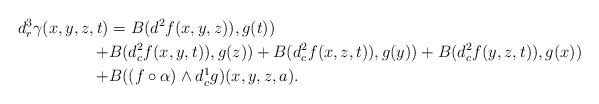
\begin{align*}d^{3}_{r}\gamma(x,y,z,t)&=B(d^2f(x,y,z)),g(t))\\+&B(d^2_{c}f(x,y,t)),g(z))+B(d^2_{c}f(x,z,t)),g(y))+B(d^2_{c}f(y,z,t)),g(x))\\+&B((f\circ \alpha) \wedge d^{1}_{c} g )(x,y,z,a).\end{align*}